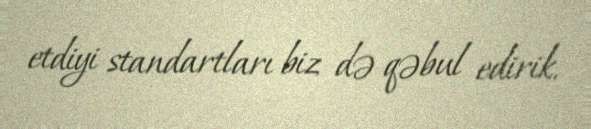
etdiyi standartları biz də qəbul edirik.